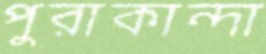
পুরাকান্দা